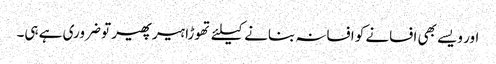
اور ویسے بھی افسانے کو افسانہ بنانے کیلئے تھوڑا ہیر پھیر تو ضروری ہے ہی۔